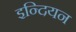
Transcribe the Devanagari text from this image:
इन्दियन